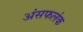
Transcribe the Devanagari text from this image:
अंसफलंक